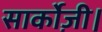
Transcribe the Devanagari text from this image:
सार्कोज़ी।